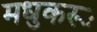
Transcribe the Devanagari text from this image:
मधुकरूः